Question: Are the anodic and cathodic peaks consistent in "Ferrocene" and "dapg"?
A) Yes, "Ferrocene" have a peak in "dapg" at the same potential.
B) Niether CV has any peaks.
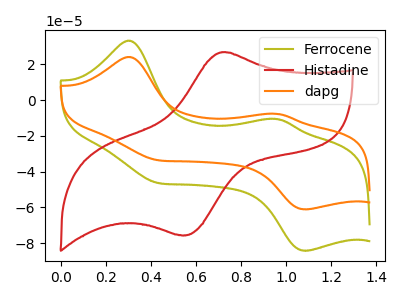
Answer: <think>The olive curve "Ferrocene" has anodic peaks at (0.30V, 33.20uA) (0.95V, -10.55uA) and cathodic peaks at (0.40V, -46.20uA) (1.10V, -84.25uA). The red curve "Histadine" has an anodic peak at (0.70V, 26.70uA) and a cathodic peak at (0.55V, -75.55uA). The orange curve "dapg" has anodic peaks at (0.30V, 24.10uA) (0.95V, -7.65uA) and cathodic peaks at (0.40V, -33.50uA) (1.10V, -61.15uA).</think>
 <answer>A) Yes, "Ferrocene" have a peak in "dapg" at the same potential.</answer>
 <eval>A</eval>